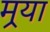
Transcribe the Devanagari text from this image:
मर्‍या